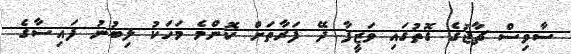
ސާވިސް ޗާޖުގެ ގޮތުގައި ވަޒީފާ ދޭ ފަރާތަށް ކޮންމެ މަހަކު ލިބުނު ފައިސާގެ